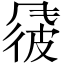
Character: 𫖽